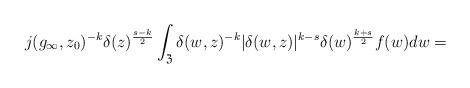
LaTeX: \begin{align*}j(g_{\infty},z_0)^{-k}\delta(z)^{\frac{s-k}{2}}\int_{\mathfrak{Z}}\delta(w,z)^{-k}|\delta(w,z)|^{k-s}\delta(w)^{\frac{k+s}{2}}f(w)dw =\end{align*}